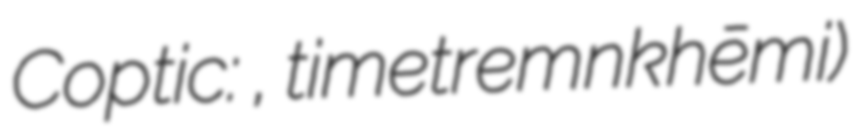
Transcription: Coptic: ϯⲙⲉⲧⲣⲉⲙⲛ̀ⲭⲏⲙⲓ, timetremǹnkhēmi)